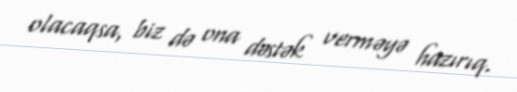
olacaqsa, biz də ona dəstək verməyə hazırıq.